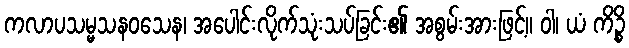
ကလာပသမ္မသနဝသေန၊ အပေါင်းလိုက်သုံးသပ်ခြင်း၏ အစွမ်းအားဖြင့်။ ဝါ၊ ယံ ကိဉ္စိ